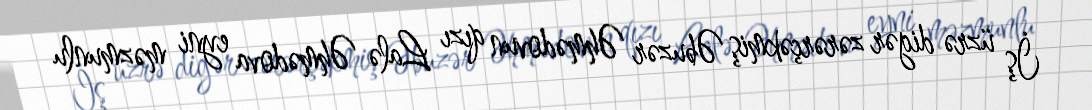
İş üzrə digər zərərçəkmiş Əbuzər Əhmədovun qızı Lalə Əhmədova eyni məzmunlu